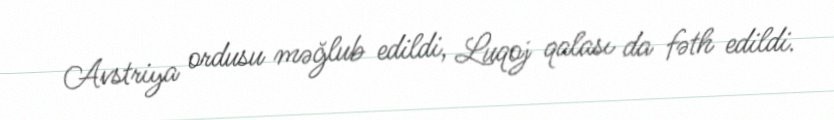
Avstriya ordusu məğlub edildi, Luqoj qalası da fəth edildi.